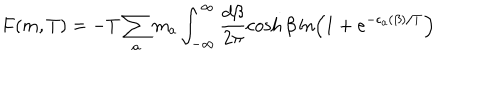
LaTeX: F ( m , T ) = - T \sum _ { a } m _ { a } \int _ { - \infty } ^ { \infty } \frac { d \beta } { 2 \pi } \cosh \beta \ln \left( 1 + e ^ { - \epsilon _ { a } ( \beta ) / T } \right)